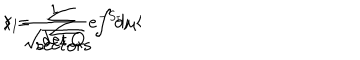
LaTeX: \langle \hspace { 1 c m } \rangle = \sum _ { \mathrm { s e c t o r s } } \int d \mu \langle \hspace { 1 c m } \rangle _ { I } \frac { 1 } { \sqrt { \det Q } } e ^ { - S _ { I } }